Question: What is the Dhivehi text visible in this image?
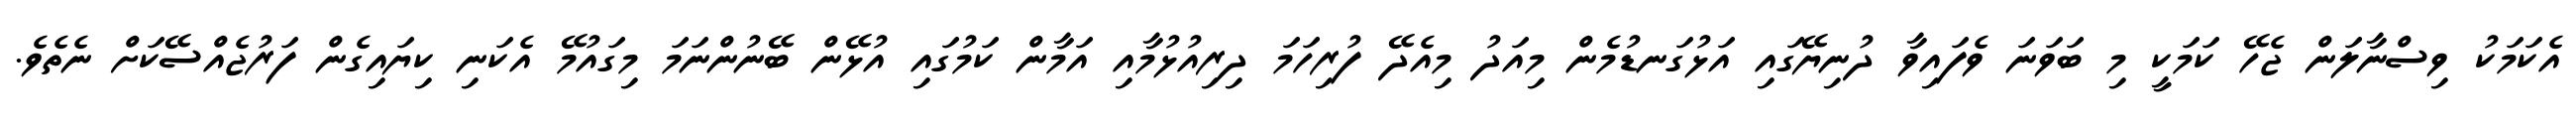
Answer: އެކަމަކު ވިސްނާލަން ޖެހޭ ކަމަކީ މި ބަވަނަ ވެފައިވާ ދުނިޔޭގައި އަޅުގަނޑުމެން މިއަދު މިއެދޭ ފުރިހަމަ ދިރިއުޅުމާއި އަމާން ކަމުގައި އުޅޭން ބޭނުންނަމަ މިގައުމޭ އެކަނި ކިޔައިގެން ފަރުޖެއްސޭކަށް ނެތެވެ.